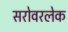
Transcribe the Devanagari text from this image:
सरोवरलेक